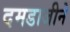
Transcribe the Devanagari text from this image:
दमडाजीने